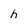
Character: h